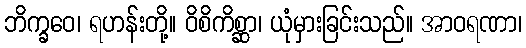
ဘိက္ခဝေ၊ ရဟန်းတို့။ ဝိစိကိစ္ဆာ၊ ယုံမှားခြင်းသည်။ အာဝရဏာ၊